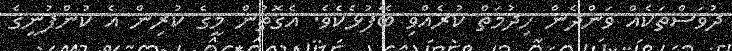
ދުވަސްތަކެއް ވަންދެން ހިދުމަތް ކުރެއްވި ބޭފުޅެކެވެ. އެގޮތުން މީގެ ކުރިން އެ ކުންފުނީގެ